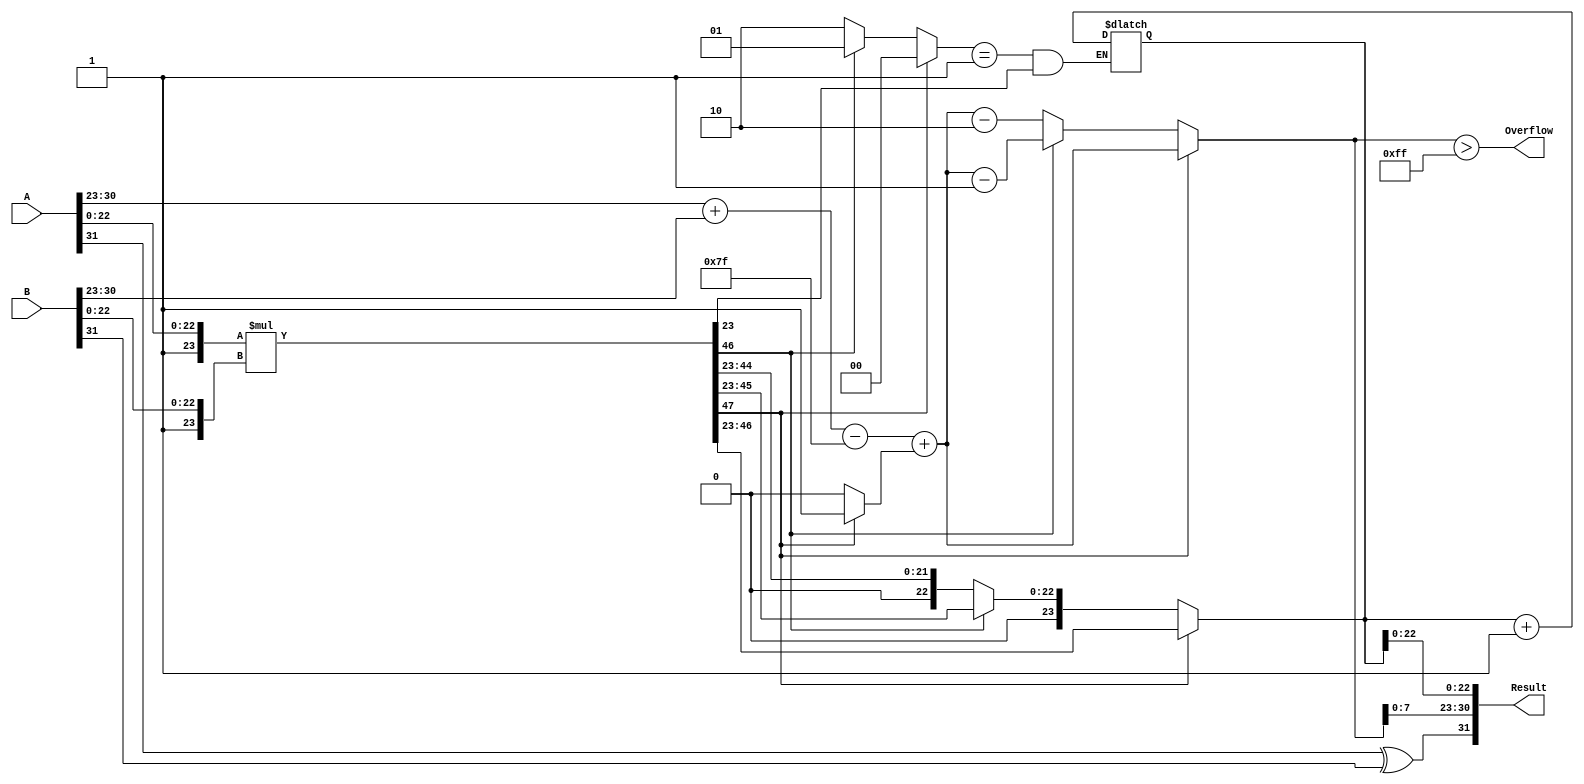
module floating_point_multiplier (
    input  wire [31:0] A,          // First floating-point number
    input  wire [31:0] B,          // Second floating-point number
    output reg  [31:0] Result,      // Result of multiplication
    output reg  Overflow            // Overflow flag
);

    // Constants
    localparam EXPONENT_BIAS = 127;
    localparam EXPONENT_WIDTH = 8;
    localparam MANTISSA_WIDTH = 23;
    localparam TOTAL_WIDTH = 24; // 23 mantissa bits + 1 implicit leading 1

    // Extract fields
    wire sign_A = A[31];
    wire sign_B = B[31];
    wire [EXPONENT_WIDTH-1:0] exp_A = A[30:23];
    wire [EXPONENT_WIDTH-1:0] exp_B = B[30:23];
    wire [MANTISSA_WIDTH-1:0] mant_A = A[22:0];
    wire [MANTISSA_WIDTH-1:0] mant_B = B[22:0];

    // Normalize mantissas (add implicit leading 1)
    wire [TOTAL_WIDTH-1:0] norm_mant_A = {1'b1, mant_A}; // 24 bits
    wire [TOTAL_WIDTH-1:0] norm_mant_B = {1'b1, mant_B}; // 24 bits

    // Multiply mantissas
    wire [2*TOTAL_WIDTH-1:0] mant_product = norm_mant_A * norm_mant_B;

    // Calculate exponent
    wire [EXPONENT_WIDTH:0] exp_sum = {1'b0, exp_A} + {1'b0, exp_B} - EXPONENT_BIAS;
    wire [EXPONENT_WIDTH:0] adjusted_exp = exp_sum + (mant_product[2*TOTAL_WIDTH-1] ? 1 : 0); // Check for leading bit

    // Normalize the product
    reg [TOTAL_WIDTH-1:0] final_mantissa;
    reg [EXPONENT_WIDTH:0] final_exponent;
    reg [1:0] shift; // 0: no shift, 1: right, 2: left

    always @(*) begin
        // Default values
        final_mantissa = 0;
        final_exponent = 0;
        shift = 0;

        // Check for normalization
        if (mant_product[2*TOTAL_WIDTH-1]) begin
            // Normal case: leading bit is 1
            final_mantissa = mant_product[2*TOTAL_WIDTH-2:TOTAL_WIDTH-1]; // Take the top 24 bits
            final_exponent = adjusted_exp;
        end else if (mant_product[2*TOTAL_WIDTH-2]) begin
            // Case: leading bit is 0, but second bit is 1 (shift right)
            final_mantissa = mant_product[2*TOTAL_WIDTH-3:TOTAL_WIDTH-1];
            final_exponent = adjusted_exp - 1;
            shift = 1; // Right shift
        end else begin
            // Case: leading bits are both 0 (shift left)
            final_mantissa = mant_product[2*TOTAL_WIDTH-4:TOTAL_WIDTH-1];
            final_exponent = adjusted_exp - 2;
            shift = 2; // Left shift
        end
    end

    // Rounding logic (round-to-nearest-even)
    reg round_bit;
    always @(*) begin
        round_bit = mant_product[TOTAL_WIDTH-1]; // The bit to round
        if (shift == 1 && round_bit) begin
            final_mantissa = final_mantissa + 1; // Round up
        end
        // Handle overflow in mantissa
        if (final_mantissa[TOTAL_WIDTH]) begin
            final_mantissa = final_mantissa >> 1; // Shift right
            final_exponent = final_exponent + 1; // Increment exponent
        end
    end

    // Construct Result
    always @(*) begin
        Result = {sign_A ^ sign_B, final_exponent[EXPONENT_WIDTH-1:0], final_mantissa[MANTISSA_WIDTH-1:0]};
        Overflow = (final_exponent > 8'hFF); // Check for overflow
    end

endmodule